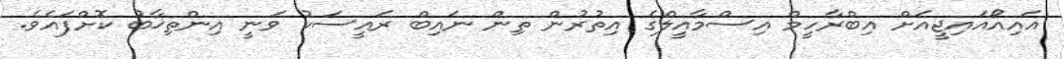
އައިއޯއައިޖީއަށް އިބްރާހީމް އިސްމާއީލްގެ އިތުރުން ތިން ނައިބް ރައީސަކު ވަނީ އިންތިޚާބު ކޮށްފައެވެ.